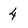
Character: 4